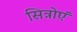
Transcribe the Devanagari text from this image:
सित्रोएं